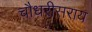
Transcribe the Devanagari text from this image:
चौधरीसराय